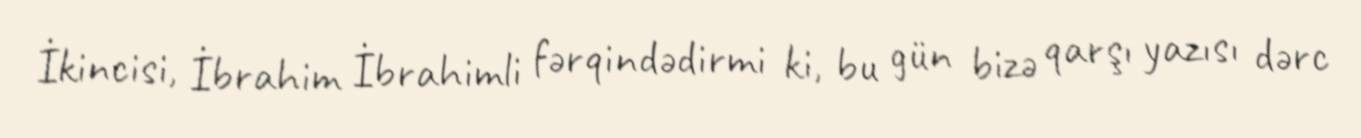
İkincisi, İbrahim İbrahimli fərqindədirmi ki, bu gün bizə qarşı yazısı dərc